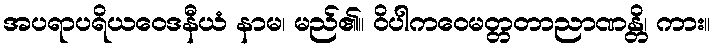
အပရာပရိယဝေဒနီယံ နာမ၊ မည်၏။ ဝိပါကဝေမတ္တတာညာဏန္တိ၊ ကား။